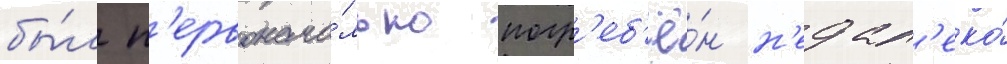
бы́л п'ервонача́льно погр'еб'ё́н н'едал'еко́